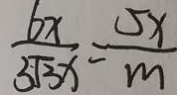
\frac { 6 x } { 3 \sqrt { 3 } x } = \frac { 5 x } { m }